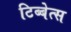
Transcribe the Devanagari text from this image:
टिब्बेत्स